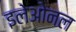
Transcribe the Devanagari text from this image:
इलेओनल